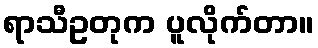
ရာသီဥတုက ပူလိုက်တာ။